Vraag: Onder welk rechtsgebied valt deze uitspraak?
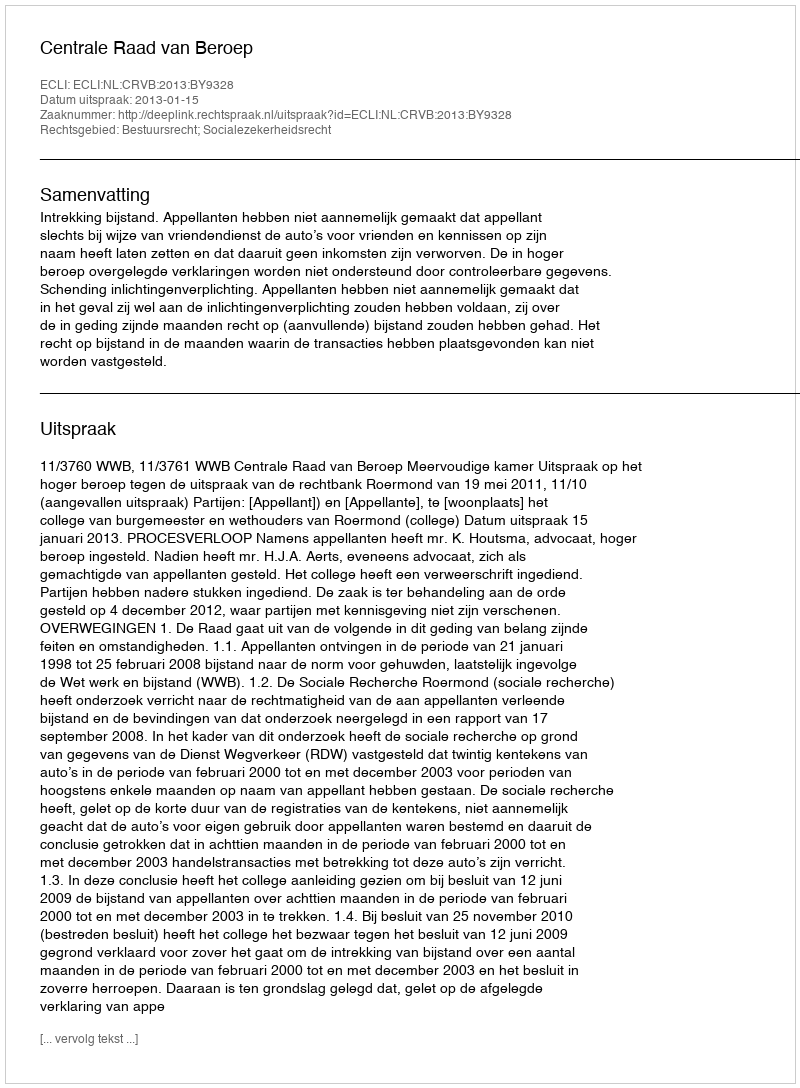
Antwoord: Bestuursrecht; Socialezekerheidsrecht